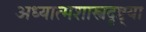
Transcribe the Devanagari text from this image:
अध्यात्मशास्त्रदृष्ट्या